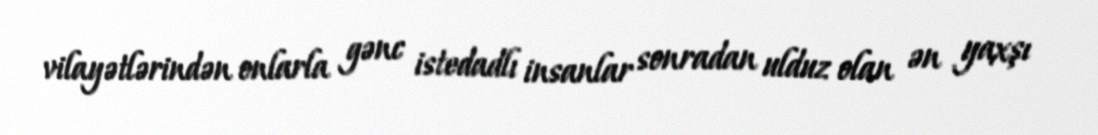
vilayətlərindən onlarla gənc istedadlı insanlar sonradan ulduz olan ən yaxşı